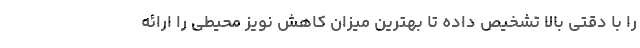
را با دقتی بالا تشخیص داده تا بهترین میزان کاهش نویز محیطی را ارائه